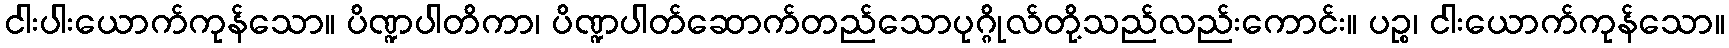
ငါးပါးယောက်ကုန်သော။ ပိဏ္ဍပါတိကာ၊ ပိဏ္ဍပါတ်ဆောက်တည်သောပုဂ္ဂိုလ်တို့သည်လည်းကောင်း။ ပဉ္စ၊ ငါးယောက်ကုန်သော။